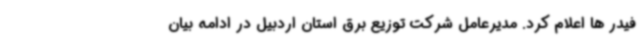
فیدر ها اعلام کرد. مدیرعامل شرکت توزیع برق استان اردبیل در ادامه بیان